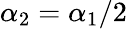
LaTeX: \alpha_{2}=\alpha_{1}/2